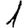
Digit: 1